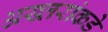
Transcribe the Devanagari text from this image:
अख्तरांकडे